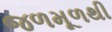
જળમૂળથી